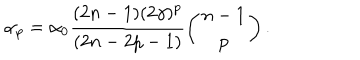
\alpha _ { p } = \alpha _ { 0 } \frac { ( 2 n - 1 ) ( 2 \gamma ) ^ { p } } { ( 2 n - 2 p - 1 ) } \left( \begin{array} { c } { { n - 1 } } \\ { { p } } \\ \end{array} \right) .